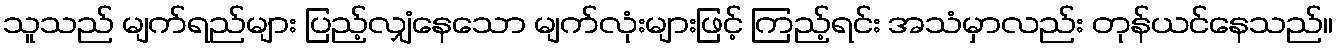
သူသည် မျက်ရည်များ ပြည့်လျှံနေသော မျက်လုံးများဖြင့် ကြည့်ရင်း အသံမှာလည်း တုန်ယင်နေသည်။